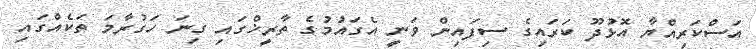
އަސްކަރިއްޔާ އޮޅުދޫ ކަރައިގެ ސިފައިން ވަނީ އެގައުމުގެ ތާރީޚްގައި ގިނަ ހަގުރާމަ ތަކެއްގައި